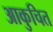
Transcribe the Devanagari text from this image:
आकुचित